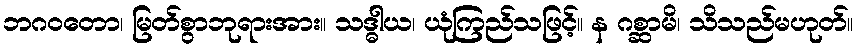
ဘဂဝတော၊ မြတ်စွာဘုရားအား။ သဒ္ဓါယ၊ ယုံကြည်သဖြင့်။ န ဂစ္ဆာမိ၊ သိသည်မဟုတ်။